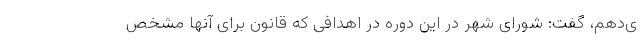
ی‌دهم، گفت: شورای شهر در این دوره در اهدافی که قانون برای آنها مشخص